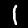
Digit: 1